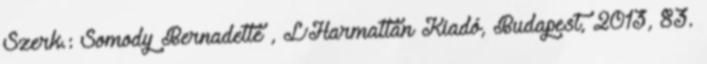
Szerk.: Somody Bernadette , L’Harmattan Kiadó, Budapest, 2013, 83.